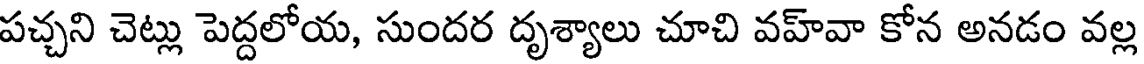
పచ్చని చెట్లు పెద్దలోయ, సుందర దృశ్యాలు చూచి వహ్వా కోన అనడం వల్ల